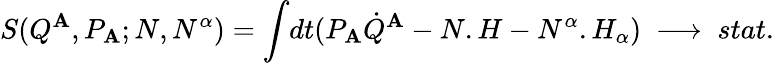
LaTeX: S(Q^{\mathbf{A}},P_{\mathbf{A}};N,N^{\alpha})={\int}dt(P_{\mathbf{A}}{\dot{{Q}}}^{\mathbf{A}}-N.H-N^{\alpha}.H_{\alpha})\ \longrightarrow\ stat.